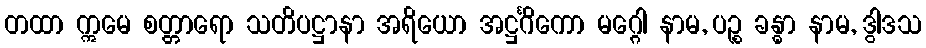
တထာ ဣမေ စတ္တာရော သတိပဋ္ဌာနာ အရိယော အဋ္ဌင်္ဂိကော မဂ္ဂေါ နာမ, ပဉ္စ ခန္ဓာ နာမ, ဒွါဒသ